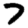
Digit: 7